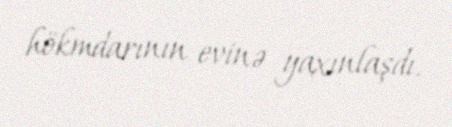
hökmdarının evinə yaxınlaşdı.